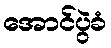
အောင်ပွဲခံ